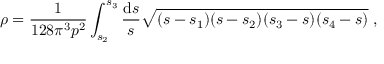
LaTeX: \rho = \frac { 1 } { 1 2 8 \pi ^ { 3 } p ^ { 2 } } \int _ { s _ { 2 } } ^ { s _ { 3 } } \frac { \mathrm { d } s } { s } \sqrt { ( s - s _ { 1 } ) ( s - s _ { 2 } ) ( s _ { 3 } - s ) ( s _ { 4 } - s ) } \; ,